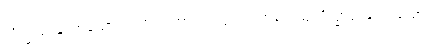
သိက္ခာပုဒ်နှင့်တူသော၊ လဟုက အာပတ်တွင် သဟသေယျသိက္ခာပုဒ်နှင့်တူသော